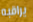
يراقبه